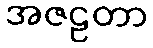
အဇဠတာ